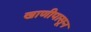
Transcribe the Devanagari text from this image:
खाणीपासून